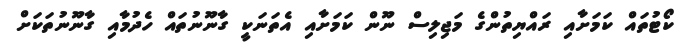
ކޯޓުތައް ކަމަށާއި ރައްޔިތުންގެ މަޖިލިސް ނޫން ކަމަށާއި އެތަނަކީ ގާނޫނުތައް ހެދުމާއި ގާނޫނުތަކަށް